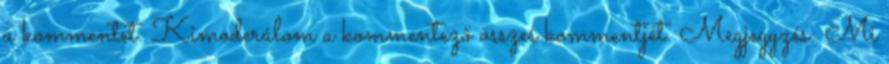
a kommentet. Kimoderálom a kommentező összes kommentjét. Megjegyzés: Mi